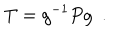
LaTeX: T = g ^ { - 1 } P g \ \ .